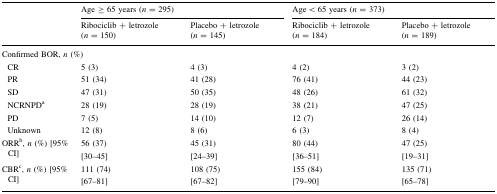
<table><thead><tr><td rowspan="2"></td><td colspan="2"><b>Age ≥ 65 years (<i>n</i> = 295)</b></td><td colspan="2"><b>Age &lt; 65 years (<i>n</i> = 373)</b></td></tr><tr><td><b>Ribociclib + letrozole (<i>n</i> = 150)</b></td><td><b>Placebo + letrozole (<i>n</i> = 145)</b></td><td><b>Ribociclib + letrozole (<i>n</i> = 184)</b></td><td><b>Placebo + letrozole (<i>n</i> = 189)</b></td></tr></thead><tbody><tr><td colspan="5">Confirmed BOR, <i>n</i> (%)</td></tr><tr><td> CR</td><td>5 (3)</td><td>4 (3)</td><td>4 (2)</td><td>3 (2)</td></tr><tr><td> PR</td><td>51 (34)</td><td>41 (28)</td><td>76 (41)</td><td>44 (23)</td></tr><tr><td> SD</td><td>47 (31)</td><td>50 (35)</td><td>48 (26)</td><td>61 (32)</td></tr><tr><td> NCRNPD<sup>a</sup></td><td>28 (19)</td><td>28 (19)</td><td>38 (21)</td><td>47 (25)</td></tr><tr><td> PD</td><td>7 (5)</td><td>14 (10)</td><td>12 (7)</td><td>26 (14)</td></tr><tr><td> Unknown</td><td>12 (8)</td><td>8 (6)</td><td>6 (3)</td><td>8 (4)</td></tr><tr><td>ORR<sup>b</sup>, <i>n</i> (%) [95% CI]</td><td>56 (37)[30–45]</td><td>45 (31)[24–39]</td><td>80 (44)[36–51]</td><td>47 (25)[19–31]</td></tr><tr><td>CBR<sup>c</sup>, <i>n</i> (%) [95% CI]</td><td>111 (74)[67–81]</td><td>108 (75)[67–82]</td><td>155 (84)[79–90]</td><td>135 (71)[65–78]</td></tr></tbody></table>